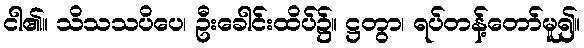
ငါ၏။ သိသသပိပေ၊ ဦးခေါင်းထိပ်၌။ ဋ္ဌတွာ၊ ရပ်တန့်တော်မူ၍။